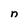
Character: n